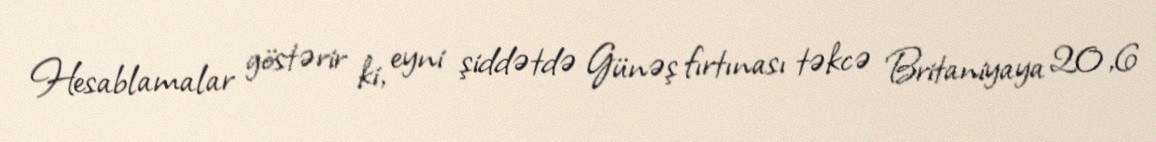
Hesablamalar göstərir ki, eyni şiddətdə Günəş fırtınası təkcə Britaniyaya 20,6